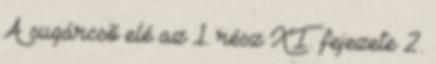
A sugárcsõ elé az 1. rész XI. fejezete 2.